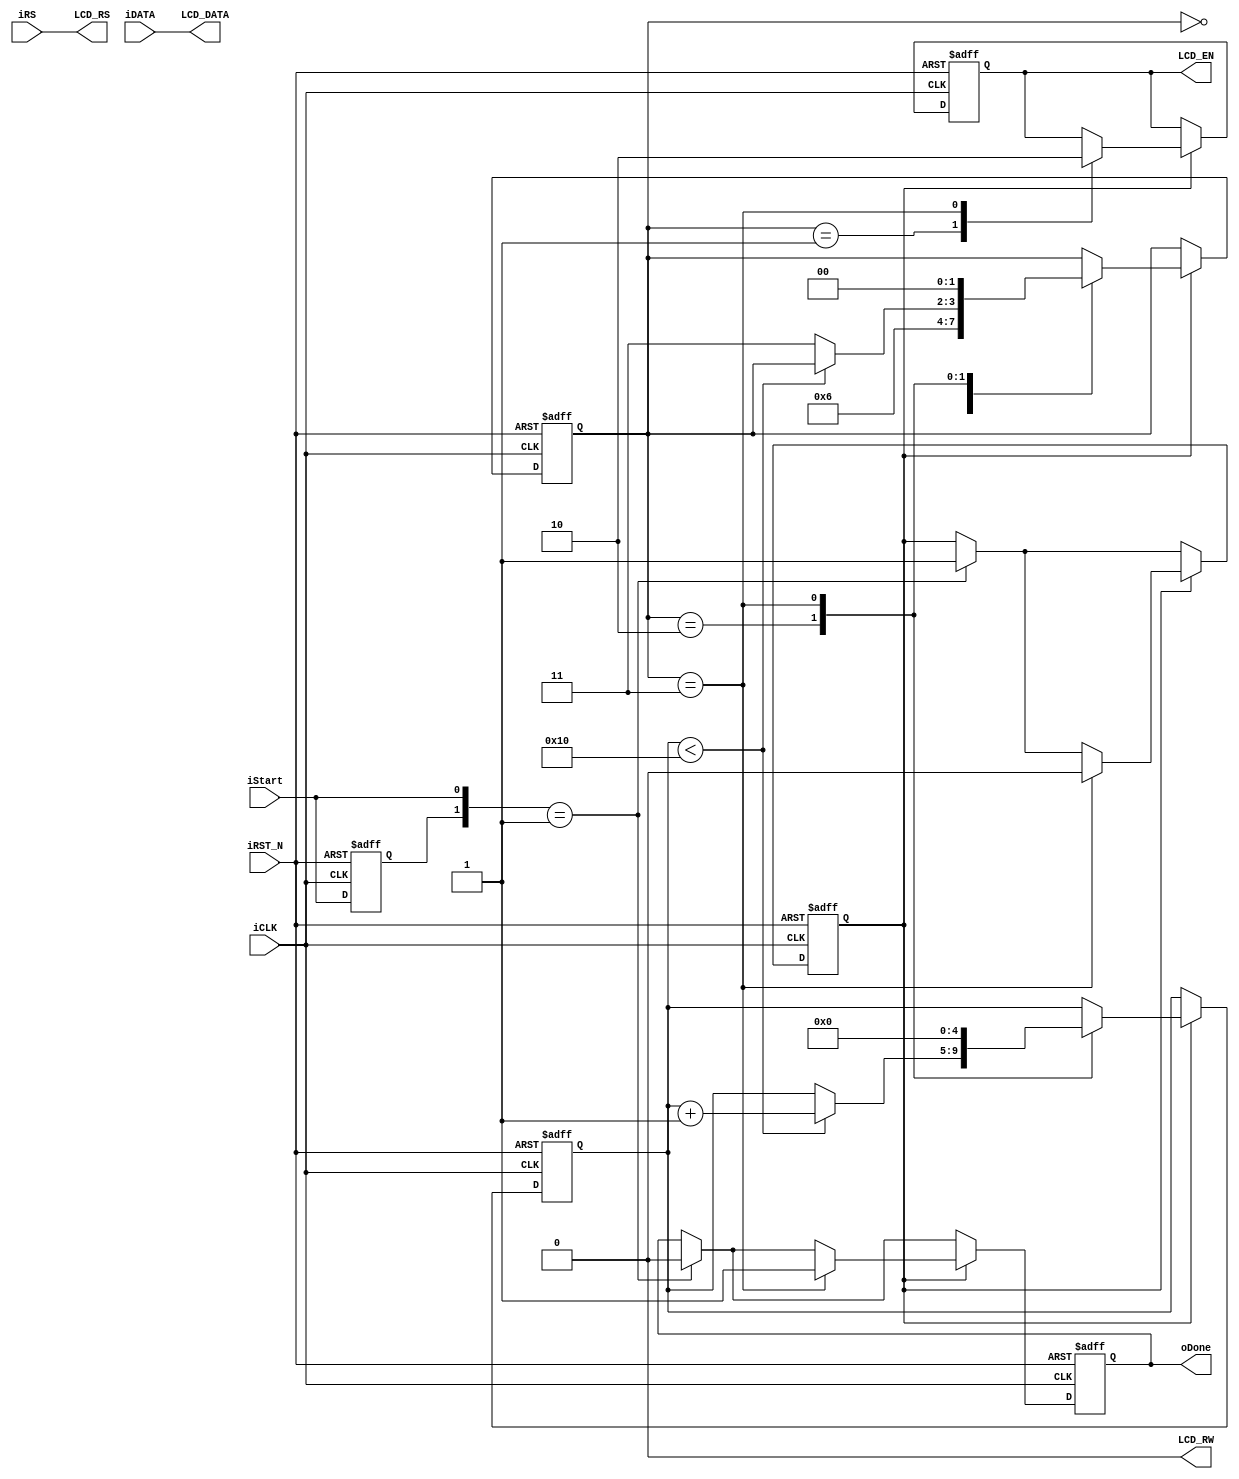
module LCD_Controller (	//	Host Side
						iDATA,iRS,
						iStart,oDone,
						iCLK,iRST_N,
						//	LCD Interface
						LCD_DATA,
						LCD_RW,
						LCD_EN,
						LCD_RS	);
//	CLK
parameter	CLK_Divide	=	16;

//	Host Side
input	[7:0]	iDATA;
input	iRS,iStart;
input	iCLK,iRST_N;
output	reg		oDone;
//	LCD Interface
output	[7:0]	LCD_DATA;
output	reg		LCD_EN;
output			LCD_RW;
output			LCD_RS;
//	Internal Register
reg		[4:0]	Cont;
reg		[1:0]	ST;
reg		preStart,mStart;

/////////////////////////////////////////////
//	Only write to LCD, bypass iRS to LCD_RS
assign	LCD_DATA	=	iDATA; 
assign	LCD_RW		=	1'b0;
assign	LCD_RS		=	iRS;
/////////////////////////////////////////////

always@(posedge iCLK or negedge iRST_N)
begin
	if(!iRST_N)
	begin
		oDone	<=	1'b0;
		LCD_EN	<=	1'b0;
		preStart<=	1'b0;
		mStart	<=	1'b0;
		Cont	<=	0;
		ST		<=	0;
	end
	else
	begin
		//////	Input Start Detect ///////
		preStart<=	iStart;
		if({preStart,iStart}==2'b01)
		begin
			mStart	<=	1'b1;
			oDone	<=	1'b0;
		end
		//////////////////////////////////
		if(mStart)
		begin
			case(ST)
			0:	ST	<=	1;	//	Wait Setup
			1:	begin
					LCD_EN	<=	1'b1;
					ST		<=	2;
				end
			2:	begin					
					if(Cont<CLK_Divide)
					Cont	<=	Cont+1;
					else
					ST		<=	3;
				end
			3:	begin
					LCD_EN	<=	1'b0;
					mStart	<=	1'b0;
					oDone	<=	1'b1;
					Cont	<=	0;
					ST		<=	0;
				end
			endcase
		end
	end
end

endmodule